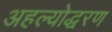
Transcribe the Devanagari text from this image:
अहल्योद्धरण